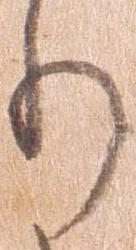
り